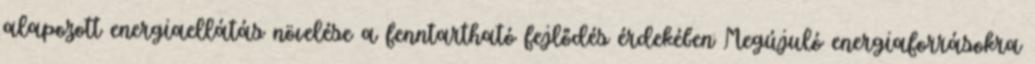
alapozott energiaellátás növelése a fenntartható fejlődés érdekében Megújuló energiaforrásokra